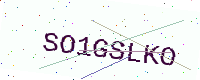
Text: SO1GSLKO